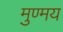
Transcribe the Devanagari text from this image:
मुण्मय